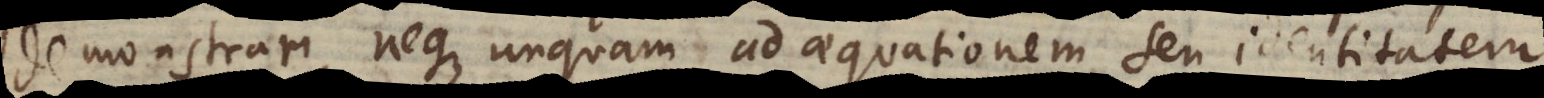
demonstrari, neque unquam ad aequationem seu identitatem